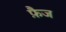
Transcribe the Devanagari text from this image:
फ़ैज